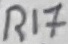
Text: R17